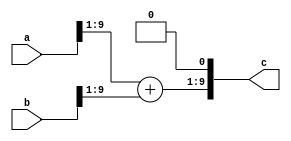
//////////////////////////////////////////////////////////////
// Lower-bit OR Adder
// Function : Lower-bit OR Adder
// Revision : v0.1 (2014-10-30) : Initial version
//////////////////////////////////////////////////////////////

`timescale 1ns/1ps

module bta_trunc (
  a,
  b,
  c
);

parameter BWOP = 10;
parameter NAB = 1;

input  [BWOP-1:0]                                   a;
input  [BWOP-1:0]                                   b;
output [BWOP-1:0]                                   c;

wire   [BWOP - NAB :0]                           c_pre;

assign c_pre = a[BWOP-1:NAB] + b[BWOP-1:NAB];
assign c = (NAB == 0) ? c_pre[BWOP-1:0]: {c_pre[BWOP- NAB - 1: 0], {{NAB}{1'b0}}};

endmodule